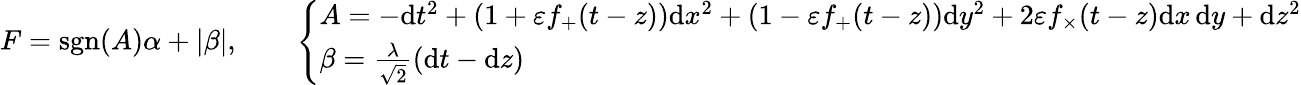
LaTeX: \begin{array}{r}{F=\mathrm{sgn}(A)\alpha+|\beta|,\qquad\left\{ \begin{array}{ll}{A=-\mathrm{d}t^{2}+(1+\varepsilon f_{+}(t-z))\mathrm{d}x^{2}+(1-\varepsilon f_{+}(t-z))\mathrm{d}y^{2}+2\varepsilon f_{\times}(t-z)\mathrm{d}x\, \mathrm{d}y+\mathrm{d}z^{2}}\\ {\beta=\frac{\lambda}{\sqrt{2}}\left(\mathrm{d}t-\mathrm{d}z\right)}\end{array}\right.}\end{array}